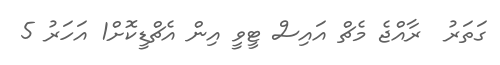
ގަތަރު  ރާއްޖެ މެޗް އައިސް ޓީވީ އިން އެޗްޑީކޮށް1 އަހަރު 5